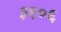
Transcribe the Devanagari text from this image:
३१०६